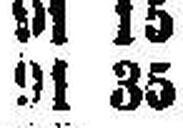
91 35